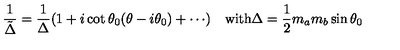
\frac { 1 } { \tilde { \Delta } } = \frac { 1 } { \Delta } ( 1 + i \cot \theta _ { 0 } ( \theta - i \theta _ { 0 } ) + \cdots ) \quad \mathrm { w i t h } \Delta = \frac { 1 } { 2 } m _ { a } m _ { b } \sin \theta _ { 0 }